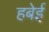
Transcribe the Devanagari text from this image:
हबेई